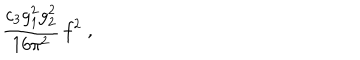
\frac { c _ { 3 } g _ { 1 } ^ { 2 } g _ { 2 } ^ { 2 } } { 1 6 \pi ^ { 2 } } \, f ^ { 2 } \; ,